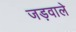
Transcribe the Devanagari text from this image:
जड़वाले